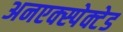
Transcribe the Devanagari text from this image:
अनएक्स्पेक्टेड